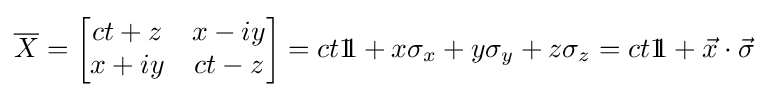
{\overline {X}}={\begin{bmatrix}ct+z&x-iy\\x+iy&ct-z\end{bmatrix}}=ct1\!\!1+x\sigma _{x}+y\sigma _{y}+z\sigma _{z}=ct1\!\!1+{\vec {x}}\cdot {\vec {\sigma }}